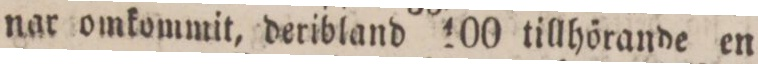
nar omkommit, deribland 100 tillhörande en